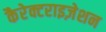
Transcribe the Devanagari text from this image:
कैरेक्टराइज़ेशन